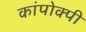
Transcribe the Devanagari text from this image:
कांपोक्पी